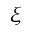
\xi